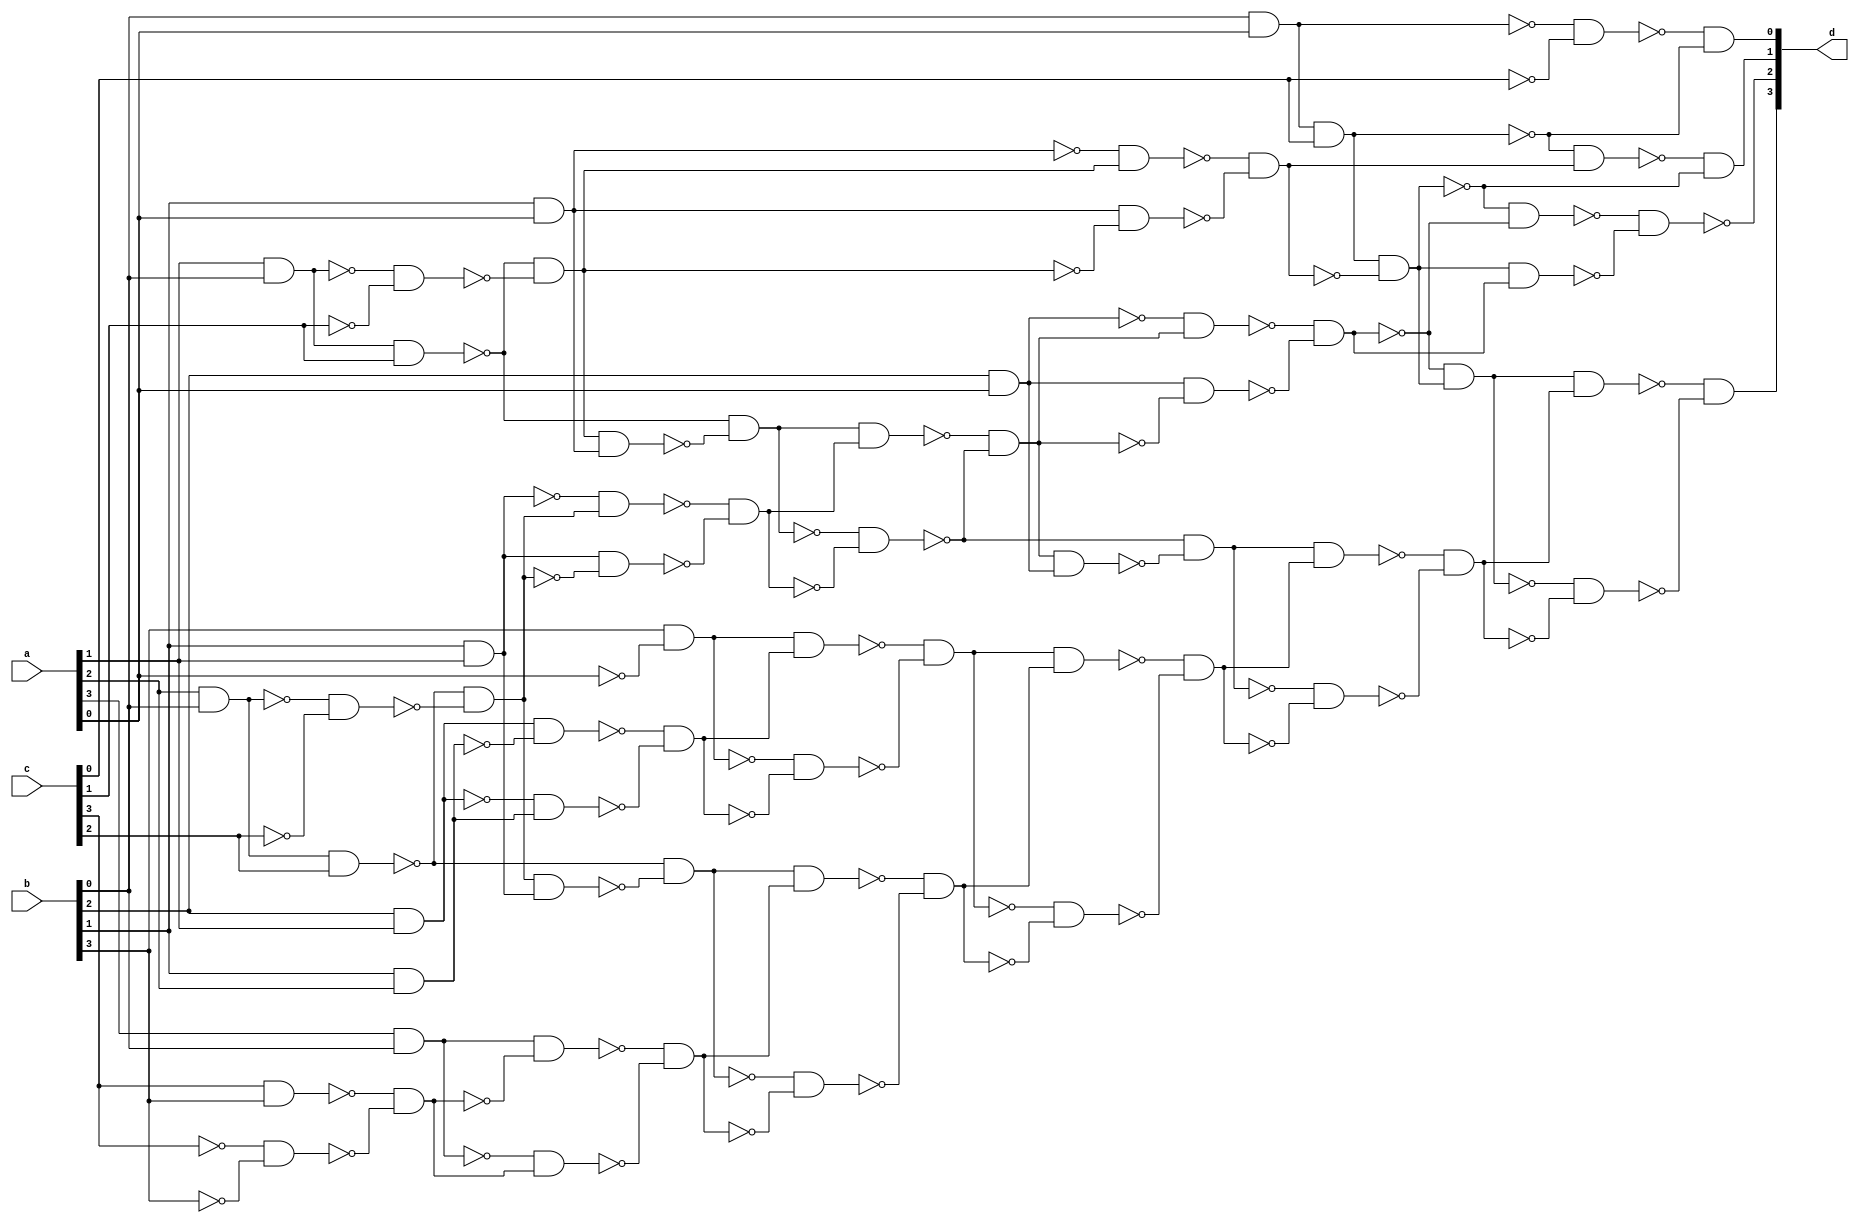
/* Generated by Yosys 0.36+13 (git sha1 373b651d5, clang 10.0.0-4ubuntu1 -fPIC -Os) */

module gen(a, b, c, d);
  wire _000_;
  wire _001_;
  wire _002_;
  wire _003_;
  wire _004_;
  wire _005_;
  wire _006_;
  wire _007_;
  wire _008_;
  wire _009_;
  wire _010_;
  wire _011_;
  wire _012_;
  wire _013_;
  wire _014_;
  wire _015_;
  wire _016_;
  wire _017_;
  wire _018_;
  wire _019_;
  wire _020_;
  wire _021_;
  wire _022_;
  wire _023_;
  wire _024_;
  wire _025_;
  wire _026_;
  wire _027_;
  wire _028_;
  wire _029_;
  wire _030_;
  wire _031_;
  wire _032_;
  wire _033_;
  wire _034_;
  wire _035_;
  wire _036_;
  wire _037_;
  wire _038_;
  wire _039_;
  wire _040_;
  wire _041_;
  wire _042_;
  wire _043_;
  wire _044_;
  wire _045_;
  wire _046_;
  wire _047_;
  wire _048_;
  wire _049_;
  wire _050_;
  wire _051_;
  wire _052_;
  wire _053_;
  wire _054_;
  wire _055_;
  wire _056_;
  wire _057_;
  wire _058_;
  wire _059_;
  wire _060_;
  wire _061_;
  wire _062_;
  wire _063_;
  wire _064_;
  wire _065_;
  wire _066_;
  wire _067_;
  wire _068_;
  wire _069_;
  wire _070_;
  wire _071_;
  wire _072_;
  wire _073_;
  wire _074_;
  wire _075_;
  wire _076_;
  wire _077_;
  wire _078_;
  wire _079_;
  wire _080_;
  wire _081_;
  wire _082_;
  wire _083_;
  wire _084_;
  wire _085_;
  wire _086_;
  wire _087_;
  wire _088_;
  wire _089_;
  wire _090_;
  wire _091_;
  wire _092_;
  wire _093_;
  wire _094_;
  wire _095_;
  wire _096_;
  wire _097_;
  wire _098_;
  wire _099_;
  wire _100_;
  wire _101_;
  wire _102_;
  wire _103_;
  wire _104_;
  wire _105_;
  wire _106_;
  wire _107_;
  wire _108_;
  wire _109_;
  wire _110_;
  wire _111_;
  wire _112_;
  wire _113_;
  wire _114_;
  wire _115_;
  wire _116_;
  wire _117_;
  wire _118_;
  wire _119_;
  wire _120_;
  wire _121_;
  wire _122_;
  wire _123_;
  wire _124_;
  wire _125_;
  wire _126_;
  wire _127_;
  wire _128_;
  wire _129_;
  wire _130_;
  wire _131_;
  wire _132_;
  wire _133_;
  wire _134_;
  input [3:0] a;
  wire [3:0] a;
  input [3:0] b;
  wire [3:0] b;
  input [3:0] c;
  wire [3:0] c;
  output [3:0] d;
  wire [3:0] d;
not g0(_000_, c[0]);
and g1(_002_, a[1], b[0]);
and g2(_007_, a[2], b[0]);
and g3(_019_, a[3], b[0]);
and g4(_026_, b[2], a[1]);
and g5(_036_, b[0], a[0]);
and g6(_037_, _001_, _000_);
and g7(d[0], _078_, _006_);
and g8(_040_, _079_, _080_);
and g9(_003_, _011_, _081_);
and g10(_041_, b[1], a[0]);
and g11(_042_, _004_, _003_);
and g12(_043_, _041_, _082_);
and g13(_005_, _083_, _084_);
and g14(_038_, _036_, c[0]);
and g15(_044_, _006_, _005_);
and g16(d[1], _086_, _017_);
and g17(_047_, _087_, _088_);
and g18(_008_, _021_, _089_);
and g19(_048_, b[1], a[1]);
and g20(_049_, _009_, _008_);
and g21(_050_, _048_, _090_);
and g22(_010_, _091_, _092_);
and g23(_039_, _002_, c[1]);
and g24(_012_, _003_, _041_);
and g25(_013_, _011_, _093_);
and g26(_051_, _013_, _010_);
and g27(_052_, _094_, _095_);
and g28(_014_, _096_, _031_);
and g29(_053_, b[2], a[0]);
and g30(_054_, _015_, _014_);
and g31(_055_, _053_, _097_);
and g32(_056_, _098_, _099_);
and g33(_045_, _038_, _085_);
and g34(_057_, _017_, _016_);
and g35(_058_, _045_, _056_);
and g36(_059_, _100_, _101_);
and g37(_060_, c[3], b[3]);
and g38(_061_, _102_, _103_);
and g39(_062_, _104_, _105_);
and g40(_063_, _019_, _018_);
and g41(_064_, _106_, _062_);
and g42(_020_, _107_, _108_);
and g43(_046_, _007_, c[2]);
and g44(_022_, _008_, _048_);
and g45(_023_, _021_, _109_);
and g46(_065_, _023_, _020_);
and g47(_066_, _110_, _111_);
and g48(_024_, _112_, _113_);
and g49(_067_, b[1], a[2]);
and g50(_068_, _026_, _025_);
and g51(_069_, _114_, _067_);
and g52(_027_, _115_, _116_);
and g53(_028_, b[3], _117_);
and g54(_070_, _028_, _027_);
and g55(_071_, _118_, _119_);
and g56(_029_, _120_, _121_);
and g57(_072_, _029_, _024_);
and g58(_073_, _122_, _123_);
and g59(_030_, _124_, _125_);
and g60(_032_, _014_, _053_);
and g61(_033_, _031_, _126_);
and g62(_074_, _033_, _030_);
and g63(_075_, _127_, _128_);
and g64(_034_, _129_, _130_);
and g65(_035_, _016_, _045_);
and g66(_076_, _035_, _034_);
and g67(_077_, _131_, _132_);
and g68(d[3], _133_, _134_);
not g69(_001_, _036_);
not g70(_078_, _037_);
not g71(_079_, _002_);
not g72(_080_, c[1]);
not g73(_081_, _040_);
not g74(_004_, _041_);
not g75(_082_, _003_);
not g76(_083_, _042_);
not g77(_084_, _043_);
not g78(_006_, _038_);
not g79(_086_, _044_);
not g80(_087_, _007_);
not g81(_088_, c[2]);
not g82(_089_, _047_);
not g83(_009_, _048_);
not g84(_090_, _008_);
not g85(_091_, _049_);
not g86(_092_, _050_);
not g87(_011_, _039_);
not g88(_093_, _012_);
not g89(_094_, _013_);
not g90(_095_, _010_);
not g91(_096_, _051_);
not g92(_031_, _052_);
not g93(_015_, _053_);
not g94(_097_, _014_);
not g95(_098_, _054_);
not g96(_099_, _055_);
not g97(_016_, _056_);
not g98(_085_, _005_);
not g99(_017_, _045_);
not g100(_100_, _057_);
not g101(_101_, _058_);
not g102(d[2], _059_);
not g103(_102_, c[3]);
not g104(_103_, b[3]);
not g105(_104_, _060_);
not g106(_105_, _061_);
not g107(_018_, _062_);
not g108(_106_, _019_);
not g109(_107_, _063_);
not g110(_108_, _064_);
not g111(_021_, _046_);
not g112(_109_, _022_);
not g113(_110_, _023_);
not g114(_111_, _020_);
not g115(_112_, _065_);
not g116(_113_, _066_);
not g117(_025_, _067_);
not g118(_114_, _026_);
not g119(_115_, _068_);
not g120(_116_, _069_);
not g121(_117_, a[0]);
not g122(_118_, _028_);
not g123(_119_, _027_);
not g124(_120_, _070_);
not g125(_121_, _071_);
not g126(_122_, _029_);
not g127(_123_, _024_);
not g128(_124_, _072_);
not g129(_125_, _073_);
not g130(_126_, _032_);
not g131(_127_, _033_);
not g132(_128_, _030_);
not g133(_129_, _074_);
not g134(_130_, _075_);
not g135(_131_, _035_);
not g136(_132_, _034_);
not g137(_133_, _076_);
not g138(_134_, _077_);
endmodule